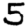
Digit: 5